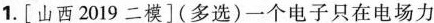
1.[山西2019二模]（多选）一个电子只在电场力